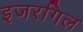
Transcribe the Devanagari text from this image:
इजरगिल